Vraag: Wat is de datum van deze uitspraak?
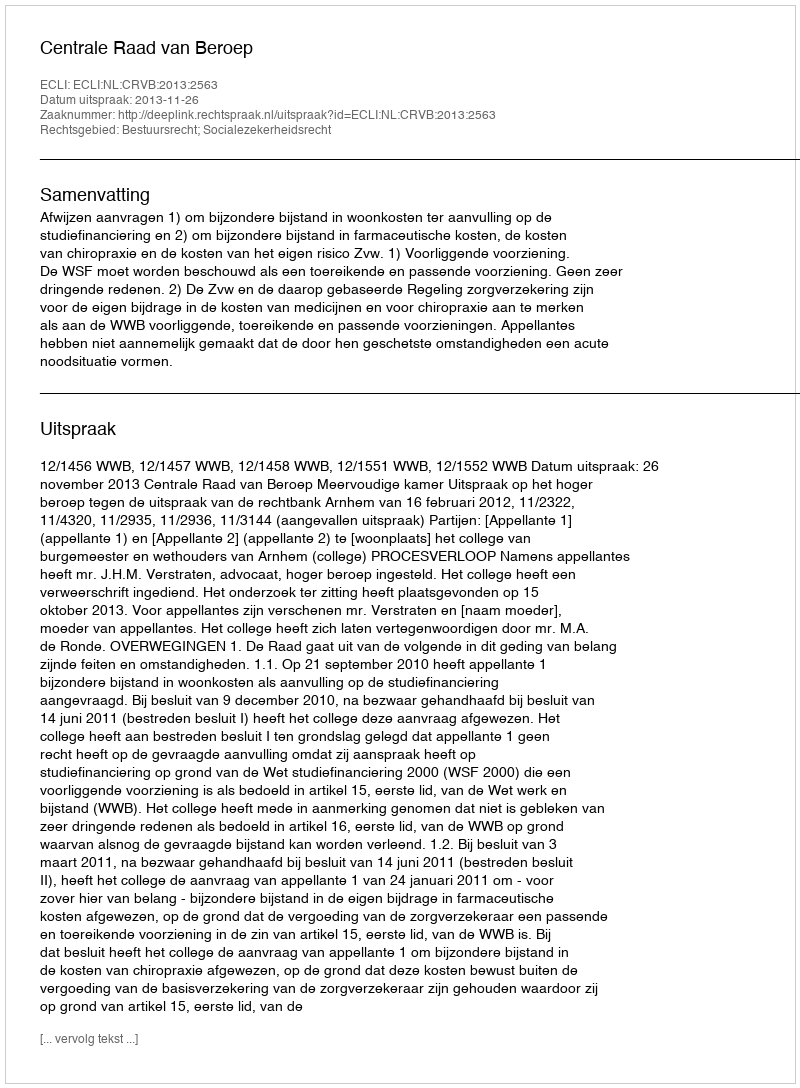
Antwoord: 2013-11-26